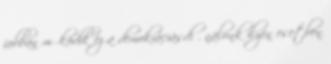
jobban működik ez a demokráciásdi . nálunk ilyen esetben